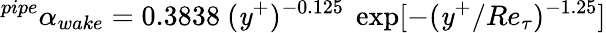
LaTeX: ^{pipe}\alpha_{wake}=0.3838~(\mathit{y}^{+})^{-0.125}~\exp[-(\mathit{y}^{+}/Re_{\tau})^{-1.25}]